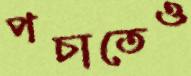
পচাতেও